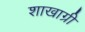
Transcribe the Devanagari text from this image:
शाखाग्री